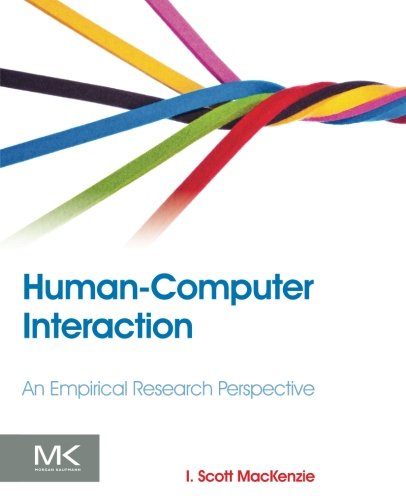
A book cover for Human-Computer Interaction: An Empirical Research Perspective; I. Scott MacKenzie; Computers & Technology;